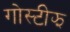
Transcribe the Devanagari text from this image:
गोस्टीझ